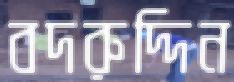
বদরুদ্দিন